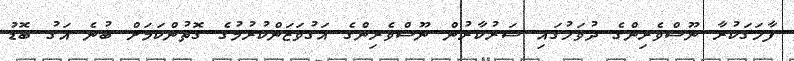
ފާހަގަކުރާ ނޫސްވެރިންގެ ދުވަހުގައި ސަރުކާރުން ނޫސްވެރިންގެ އަގުވަޒަންކުރުމުގެ ގޮތުންކަމަށް ބުނެ އަގު ބޮޑު